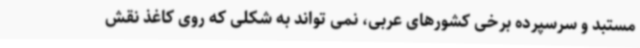
مستبد و سرسپرده برخی کشورهای عربی، نمی تواند به شکلی که روی کاغذ نقش